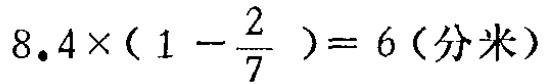
\(8.4\times(1 - \frac{2}{7}) = 6(\text{分米})\)